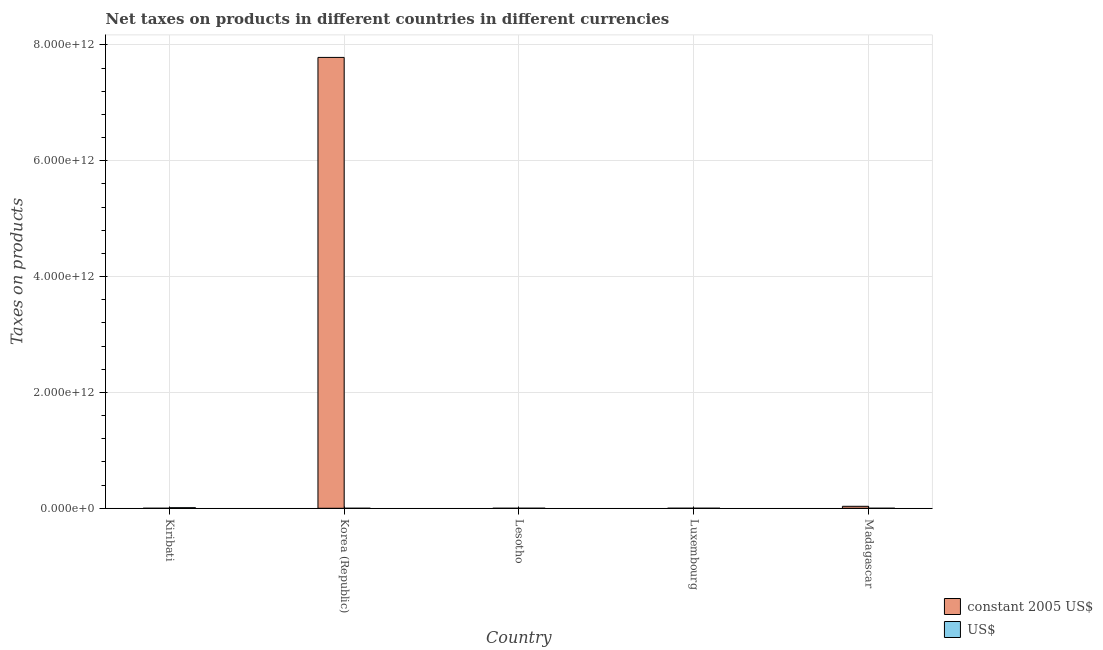
| Country | constant 2005 US$ | US$ |
 | --- | --- | --- |
 | Kiribati | 9.86e+05 | 1e+10 |
 | Korea (Republic) | 7.78e+12 | 2.3e+07 |
 | Lesotho | 2.57e+07 | 3.59e+08 |
 | Luxembourg | 4.55e+08 | 3.94e+08 |
 | Madagascar | 3.4e+10 | 1.19e+08 |